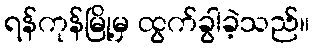
ရန်ကုန်မြို့မှ ထွက်ခွါခဲ့သည်။